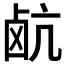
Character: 𮭰